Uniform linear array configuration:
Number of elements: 24
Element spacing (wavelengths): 0.5
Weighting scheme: exponential
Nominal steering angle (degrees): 45
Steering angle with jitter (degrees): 44.266
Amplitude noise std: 0.05
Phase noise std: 0.05

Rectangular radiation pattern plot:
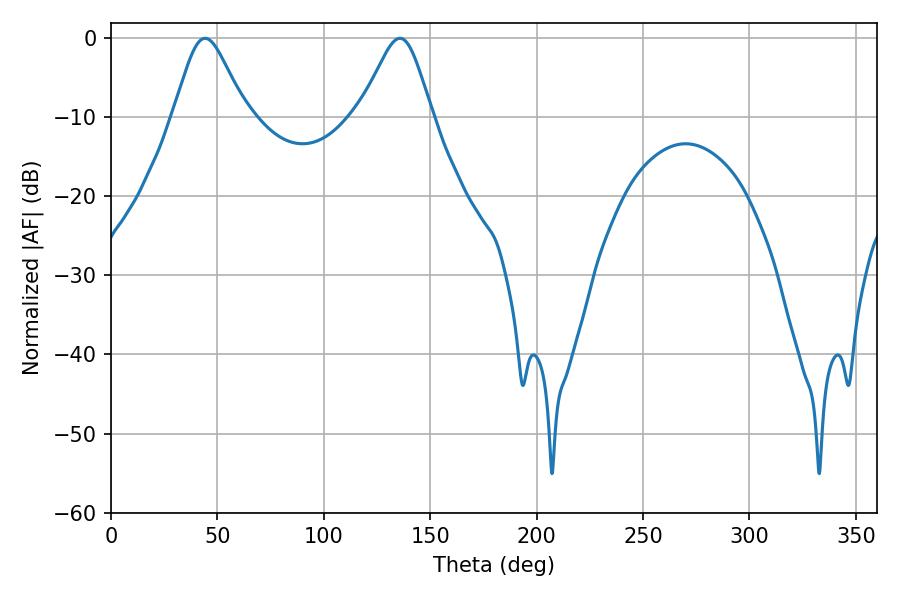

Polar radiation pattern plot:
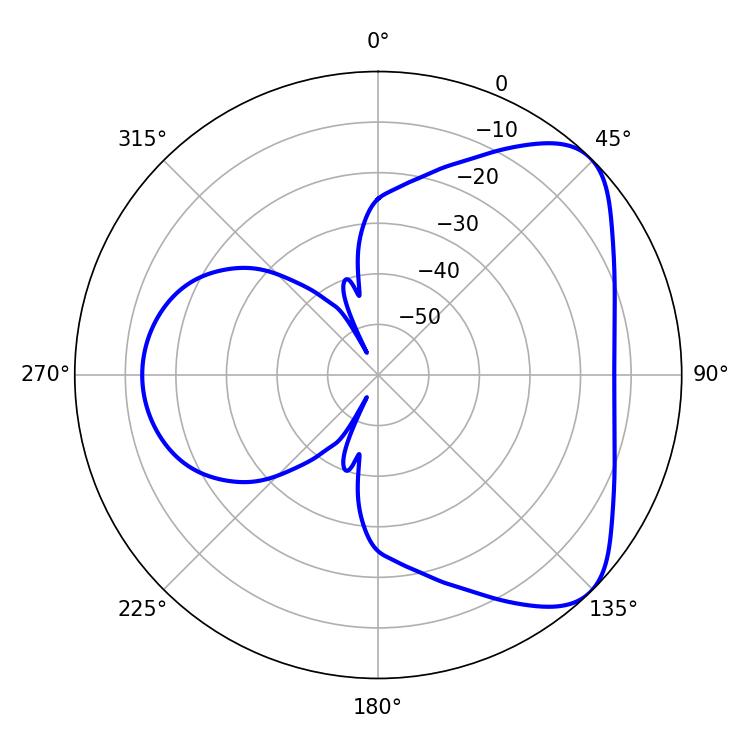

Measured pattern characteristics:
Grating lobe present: FALSE
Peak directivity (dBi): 6.032
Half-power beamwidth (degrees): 16.56
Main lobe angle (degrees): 44.28